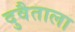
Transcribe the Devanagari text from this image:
दुवैताला